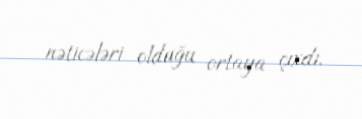
nəticələri olduğu ortaya çıxdı.